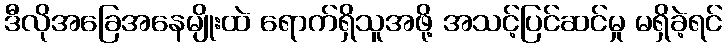
ဒီလိုအခြေအနေမျိုးထဲ ရောက်ရှိသူအဖို့ အသင့်ပြင်ဆင်မှု မရှိခဲ့ရင်